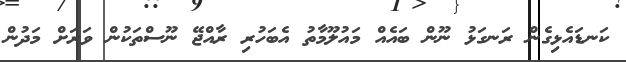
ކަނޑައެޅިގެން ރަނގަޅު ނޫން ބައެއް މައުލޫމާތު އެބަހުރި ރާއްޖޭ ނޫސްތަކުން ވަރަށް މަދުން